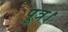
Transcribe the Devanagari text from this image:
पूत्र।